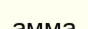
амма